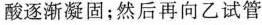
酸逐渐凝固；然后再向乙试管